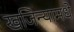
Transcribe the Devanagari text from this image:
खजिन्यामधे